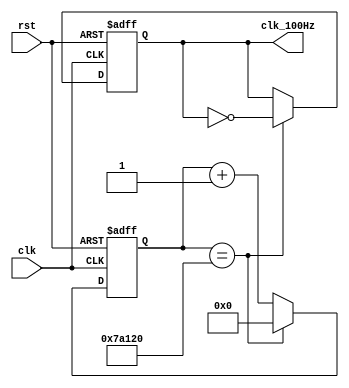
module generate_clk_100Hz(
    input clk, rst,
    output reg clk_100Hz);

reg [31:0] counter_100Hz;
initial begin
    counter_100Hz = 32'h0;
    clk_100Hz = 1'b0;
end

always @(posedge clk or posedge rst) begin
    if(rst)
        counter_100Hz = 32'h0;
    else if(counter_100Hz == 32'h0007_A120) 
        counter_100Hz = 32'h0;
    else 
        counter_100Hz = counter_100Hz + 1;
end

always @(posedge clk or posedge rst) begin
    if(rst)
        clk_100Hz <= 0;
    else if(counter_100Hz == 32'h0007_A120)
        clk_100Hz <= ~clk_100Hz;
end
endmodule